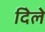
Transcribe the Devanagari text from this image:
दिेले